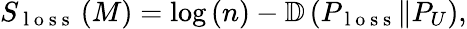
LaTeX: \begin{array}{r}{S_{\mathrm{~l~o~s~s~}}\left(M\right)=\log\left(n\right)-\mathbb{D}\left(P_{\mathrm{~l~o~s~s~}}\Vert P_{U}\right),}\end{array}